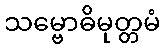
သမ္ဗောဓိမုတ္တမံ